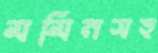
মমিনসহ